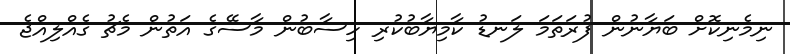
ނިމެނިކޮށް ބަޔާނުން ފުރަތަމަ ލަނޑު ކާމިޔާބުކުރި ހިސާބުން މާސޭގެ އަތުން މެޗު ގެއްލިއްޖެ